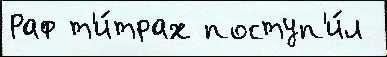
Раф т'и́трах поступ'и́л